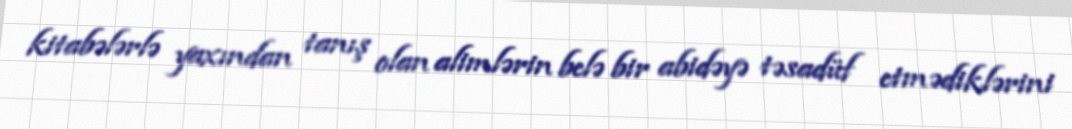
kitabələrlə yaxından tanış olan alimlərin belə bir abidəyə təsadüf etmədiklərini